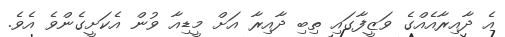
އެ ދާއިރާއެއްގެ ވަޒީފާގައި ތިބި ދާއިރާ އަށް މީޑިއާ ވުން އެކަށީގެންވެ އެވެ.